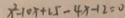
x ^ { 2 } - 1 0 x + 1 5 - 4 x - 1 2 = 0